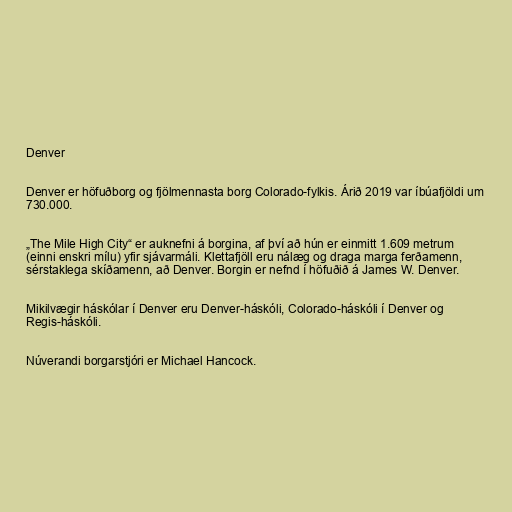
Denver

Denver er höfuðborg og fjölmennasta borg Colorado-fylkis. Árið 2019 var íbúafjöldi um
730.000.

„The Mile High City“ er auknefni á borgina, af því að hún er einmitt 1.609 metrum
(einni enskri mílu) yfir sjávarmáli. Klettafjöll eru nálæg og draga marga ferðamenn,
sérstaklega skíðamenn, að Denver. Borgin er nefnd í höfuðið á James W. Denver.

Mikilvægir háskólar í Denver eru Denver-háskóli, Colorado-háskóli í Denver og
Regis-háskóli.

Núverandi borgarstjóri er Michael Hancock.